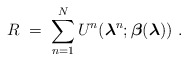
\begin{align*}R\;=\; \sum_{n = 1}^N U^n({\boldsymbol \lambda}^{n};{\boldsymbol \beta}({\boldsymbol \lambda}))\ .\end{align*}